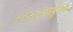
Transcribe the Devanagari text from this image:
१८५४पासूनच